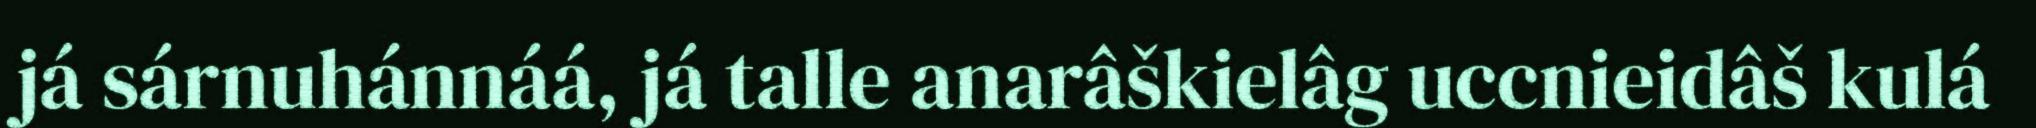
já sárnuhánnáá, já talle anarâškielâg uccnieidâš kulá